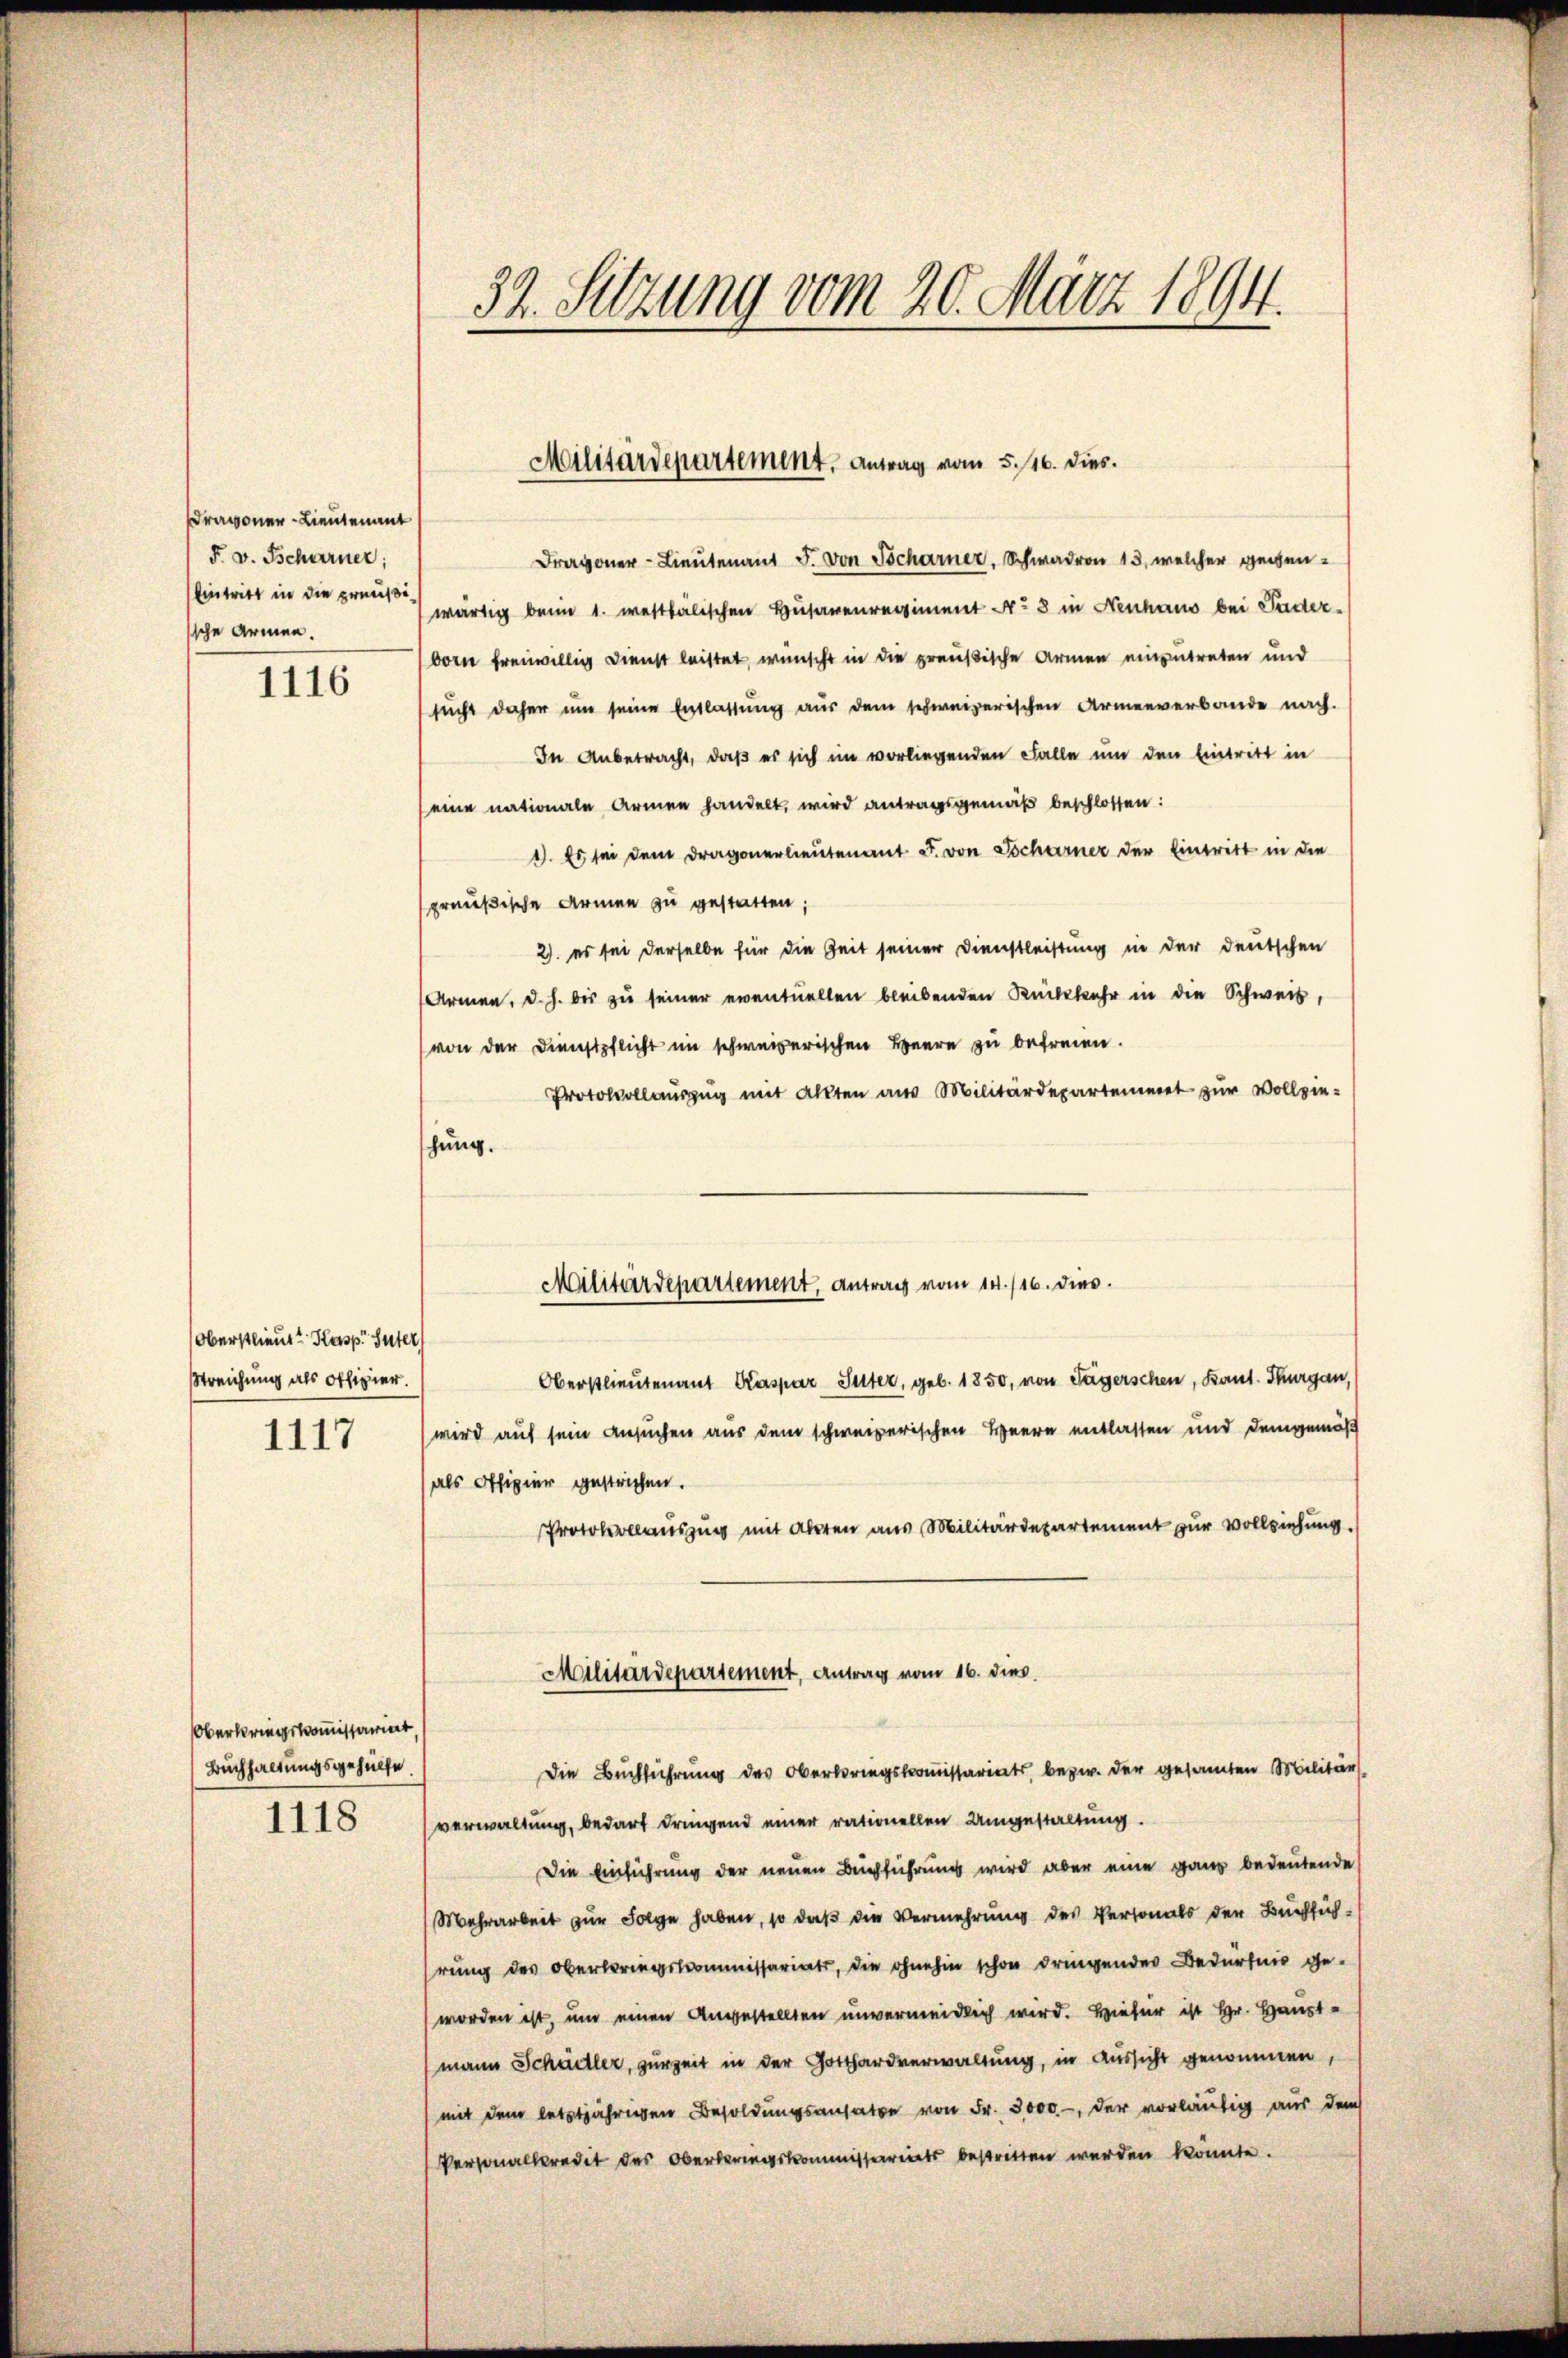
ragoner-Lieutenant
F. v. Scharner;
Eintritt in die preußiische Armen.

1116

Oberstlieut. Kasp. Suter)
Streichung als offizier.
1117

Oberkriegskommissariert,
Buchhaltungsgehülfe

1118

32. Sitzung vom 20. März 1894.

Militärdepartement. Antrag vom 5. 116. dies.

Dragoner-Lieutenant J. von Tscharner, Schwadron 13, welcher gegenwärtig beim 1. westhälischen Husarenregiment No 8 in Neuhaus bei Fuder-
born freiwillig Dienst leistet, wünscht in die preußische Armen einzutreten und
sucht daher um seine Entlassung aus dem schweizerischen Armenverbande nach.
In Anbetracht, daß es sich im vorliegenden Falle um den Eintritt in
eine nationale Armen handelt, wird antragsgemäß beschlossen:
1. Es sei dem Dragonerlieutenant J. von Tscharner der Eintritt in die
preußische Armen zu gestatten;
2. es sei derselbe für die Zeit seiner Dienstleistung in der deutschen
Armen, d. h. bis zu seiner eventuellen bleibenden Rückkehr in die Schweis,
von der Dienstpflicht im schweizerischen Heere zu befreien.
Protokollauszug mit Alten aus Militärdepartement zur Vollziehung.
Oberstlieutenant Kaspar Suter, geb. 1850, von Tägerschen, Kant. Thurgau,
wird auf sein Ansuchen aus dem schweizerischen Herrn entlassen und demgemäß
als Offizier gestrichen.
Protokollauszug mit aberen aus Militärdepartement zur Vollziehung
Militärdepartement, Antrag vom 16. dies
Die Buchführung des Oberbringskommissariats, bezw. der gesamten Militärs
verwaltung, bedarf dringend einer rationellen Umgestaltung.
Die Einführung der neuen Buchführung wird aber eine ganz bedeutende
Mehrarbeit zur Folge haben, so daß die Vermehrung des Personals der Buchsüch-
hrung des Oberbringskommissariats, die ohnehin schon dringender Bedürfnis ge-
worden ist, um einen Angestellten unvermeidlich wird. Hiefür ist Hr. Haust-
mann Schädler, zurzeit in der Gotthardverwaltung, in Aussicht genommen,
mit dem letztjährigen Besoldungsansatze von Fr. 3000.-, der vorläufig aus dem
Personalkredit des Oberlerungskommissariats bestritten werden könnte.

Militärdepartement, Antrag vom 14. /16. dies